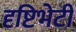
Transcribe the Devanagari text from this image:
दृष्टिभेटी